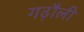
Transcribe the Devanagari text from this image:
गढ़ौली